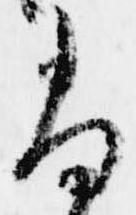
尚